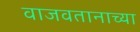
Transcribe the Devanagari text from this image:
वाजवतानाच्या